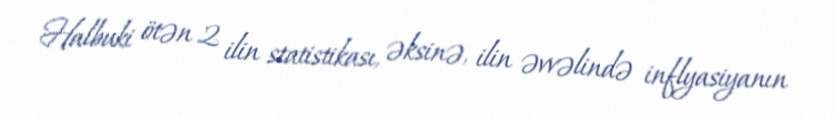
Halbuki ötən 2 ilin statistikası, əksinə, ilin əvvəlində inflyasiyanın